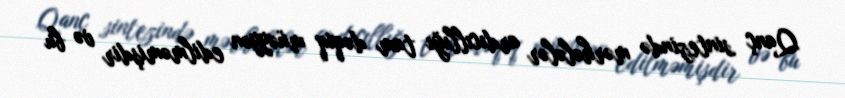
Qanç sintezində mərhələlər ardıcıllığı tam dəqiq müəyyən edilməmişdir və bu